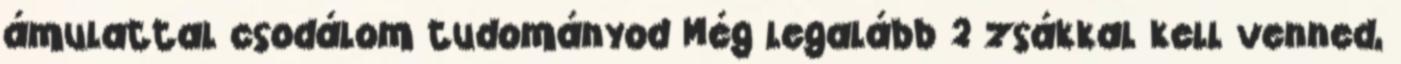
ámulattal csodálom tudományod Még legalább 2 zsákkal kell venned,